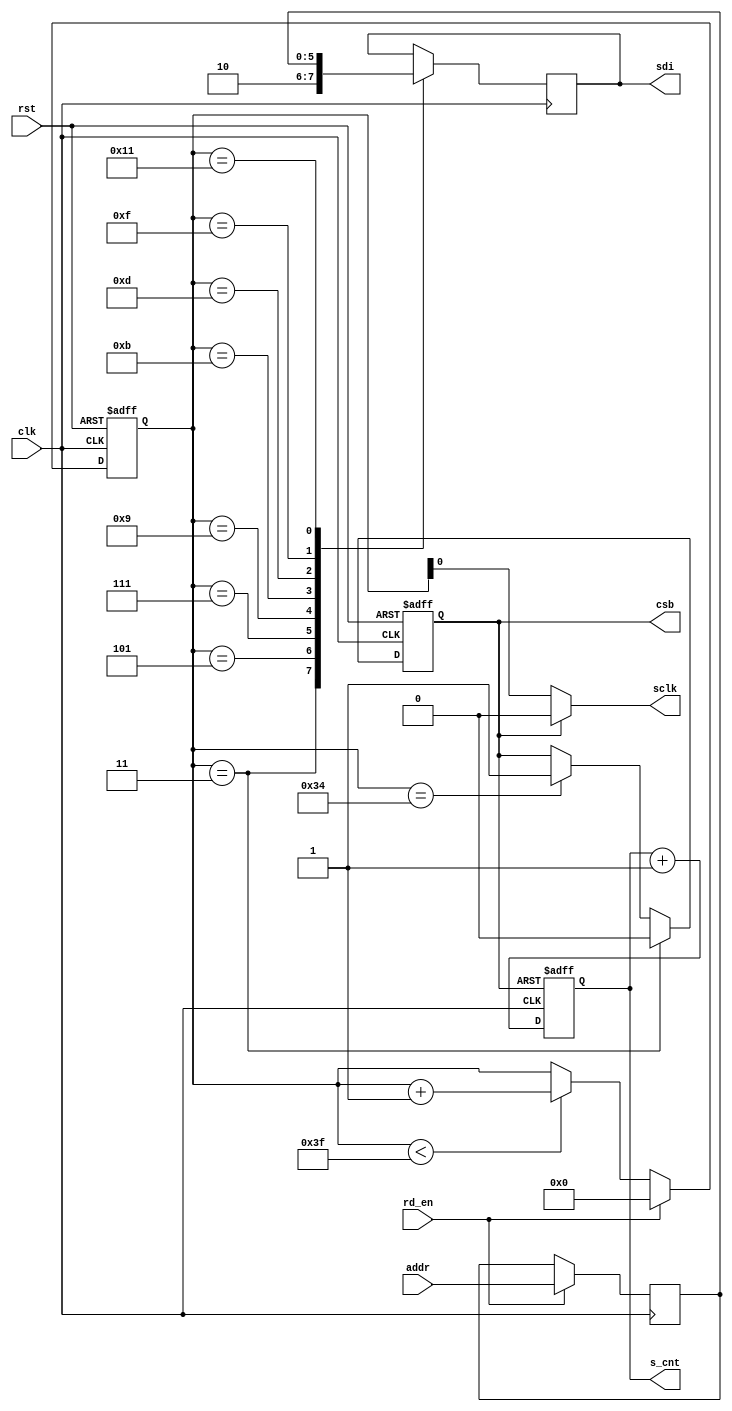
`timescale 1ns / 1ps
//////////////////////////////////////////////////////////////////////////////////
// Company: 
// Engineer: 
// 
// Design Name: 
// Module Name:    spi_rd 
// Project Name: 
// Target Devices: 
// Tool versions: 
// Description: 
//
// Dependencies: 
//
// Revision: 
// Revision 0.01 - File Created
// Additional Comments: 
//
//////////////////////////////////////////////////////////////////////////////////
module spi_rd_ad(
    input          clk,
	 input          rst,
	 input	       rd_en,
	 input  [5:0]   addr,
	 output  reg    csb,
	 output         sclk,
	 output  reg    sdi,
	 output reg[5:0]s_cnt
    );

	 reg [5:0]reg_addr;
    always@(posedge clk)
	   if(rd_en)
		  reg_addr <= addr;
		  
    reg [5:0]cnt;
	 initial cnt = 0;
    always@(posedge clk or posedge rst)
	 	if(rst)
		  cnt <= 6'h3f;
	   else if(rd_en)
		  cnt <= 6'b0;
      else if(cnt < 6'h3f)
	     cnt <= cnt + 1'b1;
	 
    initial csb=1;	 
    always@(posedge clk or posedge rst)
	   if(rst)
		  csb <= 1'b1;
      else if(cnt==6'd3)
		  csb <= 1'b0;
		else if(cnt==6'd52) 
		  csb <= 1'b1;
    		  
	 assign sclk = csb? 1'b0:cnt[0];
	 
	 reg reg_sdi;
    always@(posedge clk)
	   case(cnt)
		  6'd3: sdi <= 1'b1; //R/W
		  6'd5: sdi <= 1'b0; //must be set to 10b
		  6'd7: sdi <= reg_addr[5]; //must be set to 10b	
        6'd9: sdi <= reg_addr[4]; 
		  6'd11: sdi <= reg_addr[3];
		  6'd13: sdi <= reg_addr[2];
		  6'd15: sdi <= reg_addr[1];
		  6'd17: sdi <= reg_addr[0]; 
      endcase
    
	 always@(posedge clk or posedge csb)
	   if(csb)
		  s_cnt <= 6'b0;
		else  
	     s_cnt <= s_cnt + 1'b1;
		 








endmodule